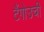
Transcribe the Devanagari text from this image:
टैंगोउची